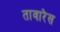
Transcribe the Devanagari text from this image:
तावारेस